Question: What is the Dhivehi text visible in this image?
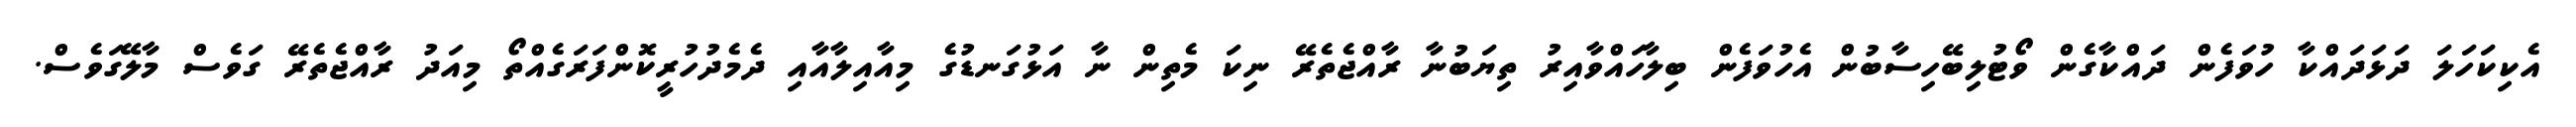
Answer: އެކިކަހަލަ ދަޅަދައްކާ ހުވަފެން ދައްކާގެން ވޯޓުލިބޭހިސާބުން އެހުވަފެން ބިލާހައްވާއިރު ތިޔަބުނާ ރާއްޖެތެރޭ ނިކަ މެތިން ނާ އަޅުގަނޑުގެ މިއާއިލާއާއި ދެމެދުހުރީކޮންފަރަގެއްތޯ މިއަދު ރާއްޖެތެރޭ ގަވެސް މާލޭގަވެސް.